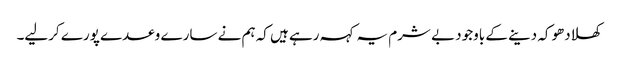
کھلادھوکہ دینے کے باوجود بے شرم یہ کہہ رہے ہیں کہ ہم نے سارے وعدے پورے کرلیے۔